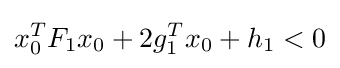
x_{0}^{T}F_{1}x_{0}+2g_{1}^{T}x_{0}+h_{1}<0